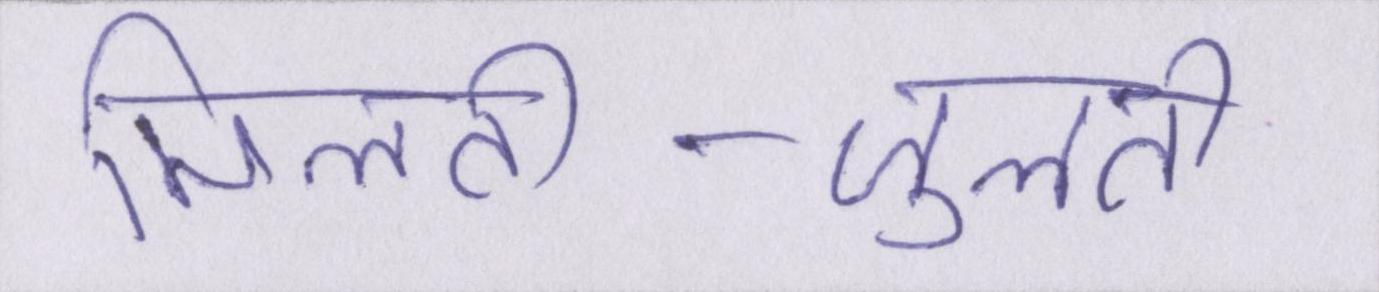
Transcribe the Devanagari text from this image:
मिलती-जुलती